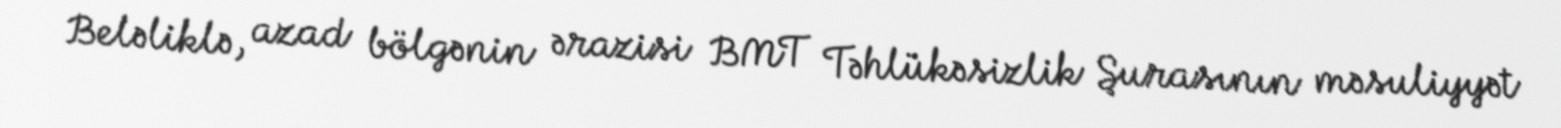
Beləliklə, azad bölgənin ərazisi BMT Təhlükəsizlik Şurasının məsuliyyət